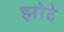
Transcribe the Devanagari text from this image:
झोटे